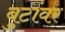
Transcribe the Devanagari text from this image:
बुटांवर